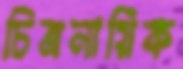
চিত্রনায়িক